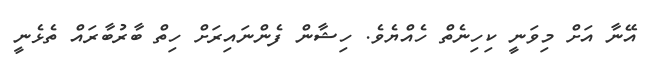
އޭނާ އަށް މިވަނީ ކިހިނެތް ހެއްޔެވެ. ހިޝާން ފެންނައިރަށް ހިތް ބާރުބާރައް ތެޅެނީ